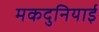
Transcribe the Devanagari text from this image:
मकदुनियाई